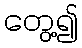
တွေ့၍